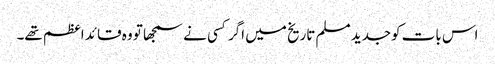
اس بات کوجدید مسلم تاریخ میں اگر کسی نے سمجھا تو وہ قائد اعظم تھے۔